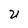
Character: U